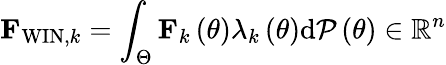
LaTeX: {\mathbf F}_{\mathrm{WIN},k}=\int_{\Theta}{\mathbf F}_{k}\left(\theta\right)\lambda_{k}\left(\theta\right)\mathrm{d}{\cal P}\left(\theta\right)\in\mathbb{R}^{n}